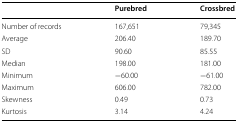
<table><thead><tr><td></td><td><b>Purebred</b></td><td><b>Crossbred</b></td></tr></thead><tbody><tr><td>Number of records</td><td>167,651</td><td>79,345</td></tr><tr><td>Average</td><td>206.40</td><td>189.70</td></tr><tr><td>SD</td><td>90.60</td><td>85.55</td></tr><tr><td>Median</td><td>198.00</td><td>181.00</td></tr><tr><td>Minimum</td><td>−60.00</td><td>−61.00</td></tr><tr><td>Maximum</td><td>606.00</td><td>782.00</td></tr><tr><td>Skewness</td><td>0.49</td><td>0.73</td></tr><tr><td>Kurtosis</td><td>3.14</td><td>4.24</td></tr></tbody></table>